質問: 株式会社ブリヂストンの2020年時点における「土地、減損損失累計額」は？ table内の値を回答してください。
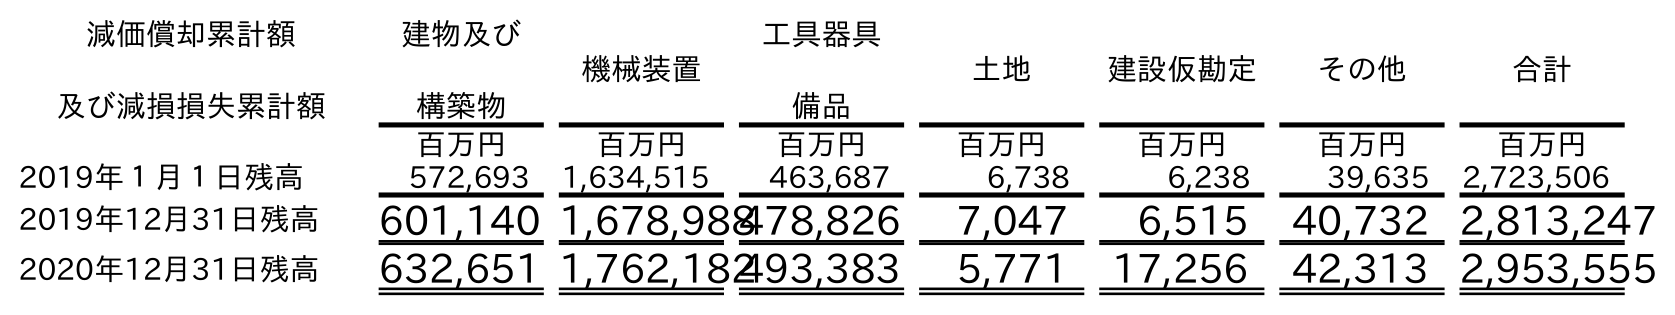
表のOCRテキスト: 減価償却累計額 及び減損損失累計額 建物及び 構築物 機械装置 工具器具 備品 土地 建設仮勘定 その他 合計 百万円 百万円 百万円 百万円 百万円 百万円 百万円 2019年１月１日残高 572,693 1,634,515 463,687 6,738 6,238 39,635 2,723,506 2019年12月31日残高 601,140 1,678,988478,826 7,047 6,515 40,732 2,813,247 2020年12月31日残高 632,651 1,762,182493,383 5,771 17,256 42,313 2,953,555
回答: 5,771